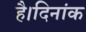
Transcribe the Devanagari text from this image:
है।दिनांक